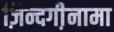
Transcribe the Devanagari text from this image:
ज़िन्दगी़नामा